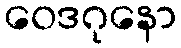
ဝေဒဂုနော